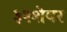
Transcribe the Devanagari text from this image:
३२शेयर